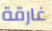
غارقة